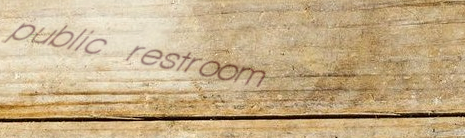
public restroom